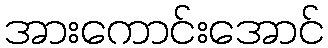
အားကောင်းအောင်